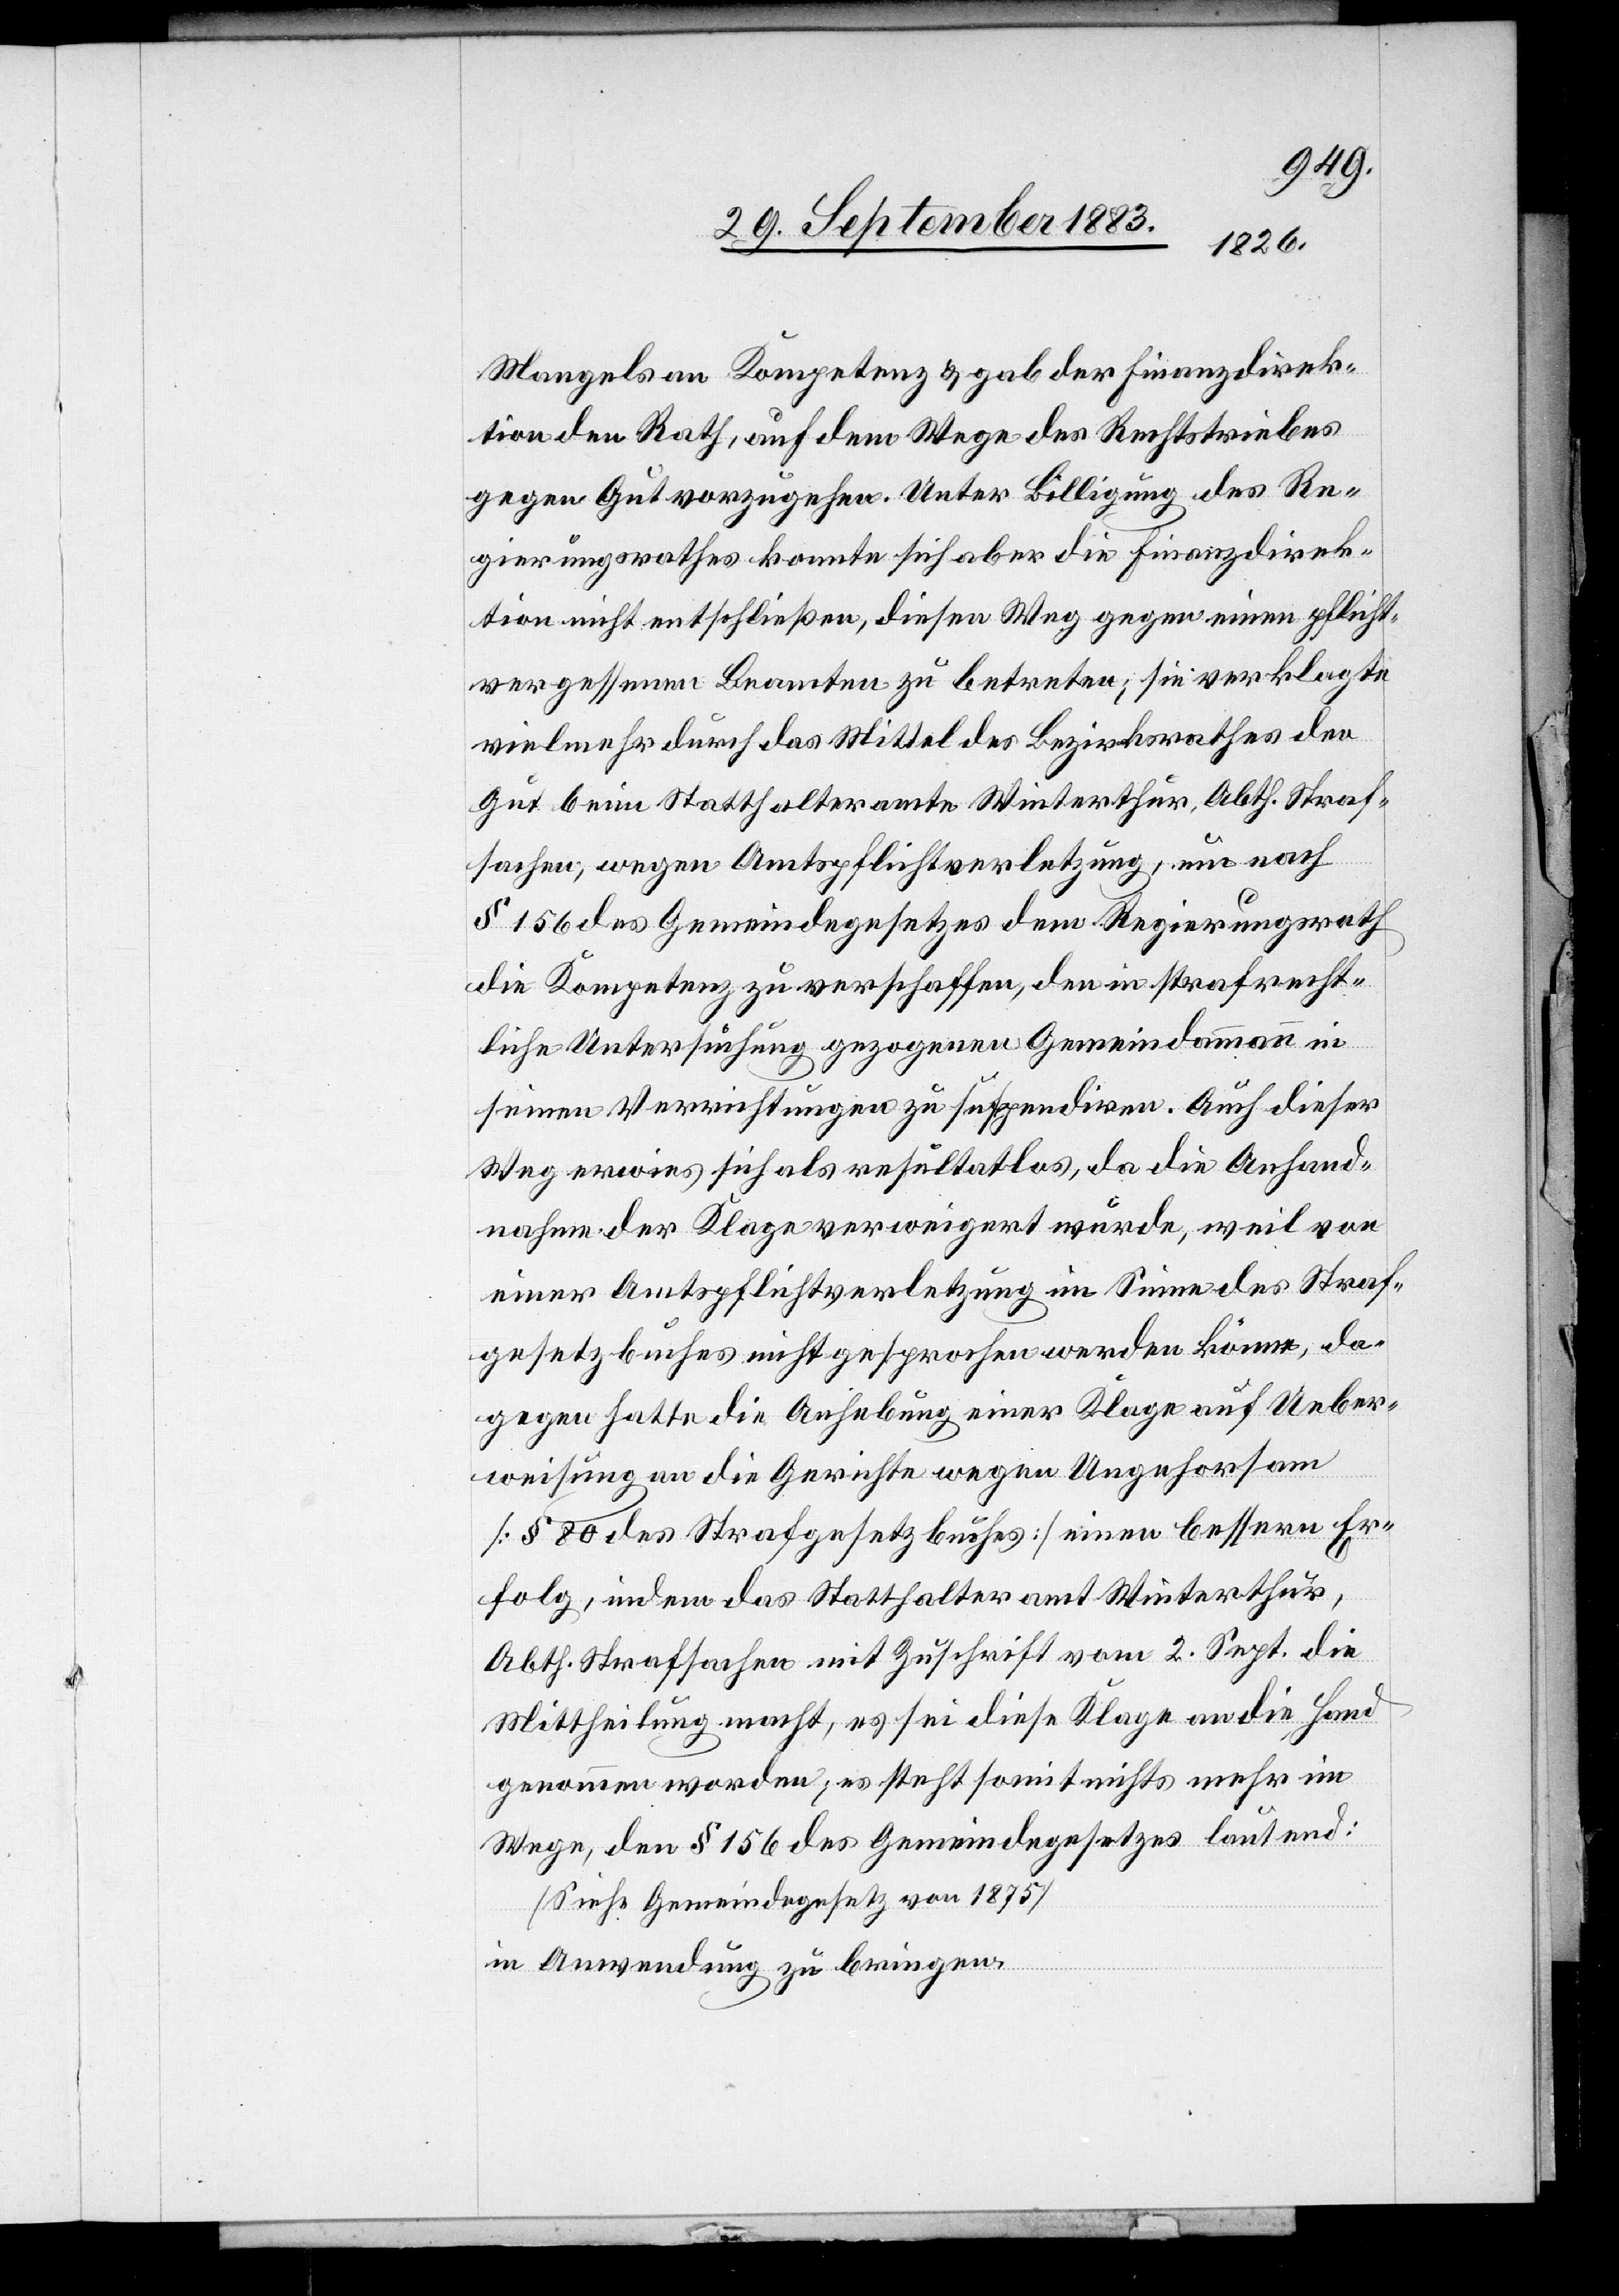
mangels an Kompetenz & gab der Finanzdirek¬
tion den Rath, auf dem Wege des Rechtstriebes
gegen Gut vorzugehen. Unter Billigung des Re¬
gierungsrathes konnte sich aber die Finanzdirek¬
tion nicht entschließen, diesen Weg gegen einen pflicht¬
vergessenen Beamten zu betreten; sie verklagte
vielmehr durch das Mittel des Bezirksrathes den
Gut beim Statthalteramte Winterthur, Abth. Straf¬
sachen, wegen Amtspflichtverletzung, um nach
§ 156 des Gemeindegesetzes dem Regierungsrath
die Kompetenz zu verschaffen, den in strafrecht¬
liche Untersuchung gezogenen Gemeindammann in
seinen Verrichtungen zu suspendiren. Auch dieser
Weg erwies sich als resultatlos, da die Anhand¬
nahme der Klage verweigert wurde, weil von
einer Amtspflichtverletzung im Sinne des Straf¬
gesetzbuches nicht gesprochen werden könne, da¬
gegen hatte die Anhebung einer Klage auf Ueber¬
weisung an die Gerichte wegen Ungehorsam
[§ 80 des Strafgesetzbuches] einen bessern Er¬
folg, indem das Statthalteramt Winterthur,
Abth. Strafsachen mit Zuschrift vom 2. Sept. die
Mittheilung macht, es sei diese Klage an die Hand
genommen worden; es steht somit nichts mehr im
Wege, den § 156 des Gemeindegesetzes lautend:
[Siehe Gemeindegesetz von 1875]
in Anwendung zu bringen.